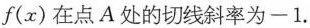
f ( x )$$在点A处的切线斜率为-1.